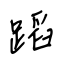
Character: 蹈